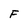
Character: F